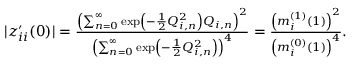
\begin{array} { r } { | z _ { i i } ^ { \prime } ( 0 ) | = \frac { \left( \sum _ { n = 0 } ^ { \infty } \exp \left( - \frac { 1 } { 2 } Q _ { i , n } ^ { 2 } \right) Q _ { i , n } \right) ^ { 2 } } { \left( \sum _ { n = 0 } ^ { \infty } \exp \left( - \frac { 1 } { 2 } Q _ { i , n } ^ { 2 } \right) \right) ^ { 4 } } = \frac { \left( m _ { i } ^ { ( 1 ) } ( 1 ) \right) ^ { 2 } } { \left( m _ { i } ^ { ( 0 ) } ( 1 ) \right) ^ { 4 } } . } \end{array}